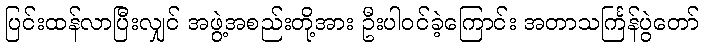
ပြင်းထန်လာပြီးလျှင် အဖွဲ့အစည်းတို့အား ဦးပါဝင်ခဲ့ကြောင်း အတာသင်္ကြန်ပွဲတော်